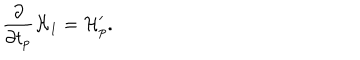
LaTeX: \frac { \partial } { \partial t _ { p } } { \cal H } _ { 1 } = { \cal H } _ { p } ^ { \prime } .